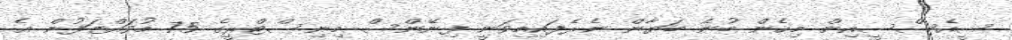
ސީއެސްސީއިން މިހެން ބުނެ ބަޔާން ނެރެފައިމިވަނީ ފިނޭންސް މިނިސްޓްރީގެ 75 މުވައްޒަފުން އެ